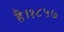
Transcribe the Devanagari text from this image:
है।१८५७